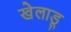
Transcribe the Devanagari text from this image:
खेलाडू